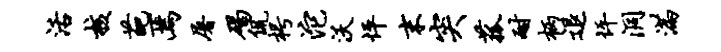
活核葩焉屠碣侃枵沱沃怦末突菰耐柄退坪洞满